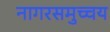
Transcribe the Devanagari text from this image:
नागरसमुच्चय